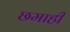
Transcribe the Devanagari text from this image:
छमाहीं